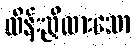
ထိန်းညှိထားသော